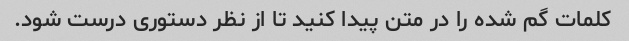
کلمات گم شده را در متن پیدا کنید تا از نظر دستوری درست شود.